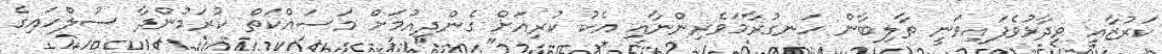
ކަރުޒާއީ ވިދާޅުވެފައިވަނީ ތާލިބާން ހަނގުރާމަވެރިންނާއި އެކު ކުރިއަށް ގެންދިއުމަށް މަސައްކަތް ކުރަމުންދާ ސުލްހައިގެ